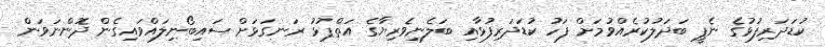
ކުޑަދަރިފުޅުގެ ނެޕީ ބަދަލުކުރެއްވުމަށް ފަހު ކުޑަދަރިފުޅާއި ބަލެނިވެރިޔާގެ އަތްޕުޅު ރަނގަޅަށް ސައިބޯނިލައްވައިގެން ދޮންނަވަން